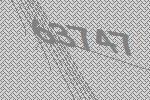
63747